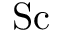
\mathrm { S c }